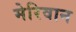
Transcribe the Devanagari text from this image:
मेरिवान